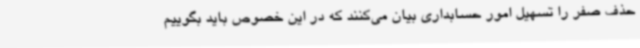
حذف صفر را تسهیل امور حسابداری بیان می‌کنند که در این خصوص باید بگوییم